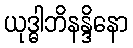
ယုဒ္ဓါဘိနန္ဒိနော